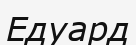
Едуард